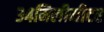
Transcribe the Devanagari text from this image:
३४मिलीमीटर